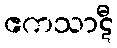
ဧကသာဋီ